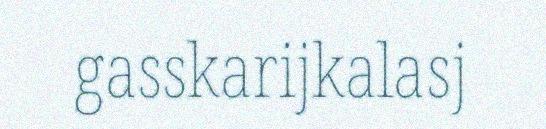
gasskarijkalasj